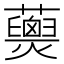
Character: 𧄖